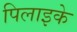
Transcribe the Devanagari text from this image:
पिलाइके